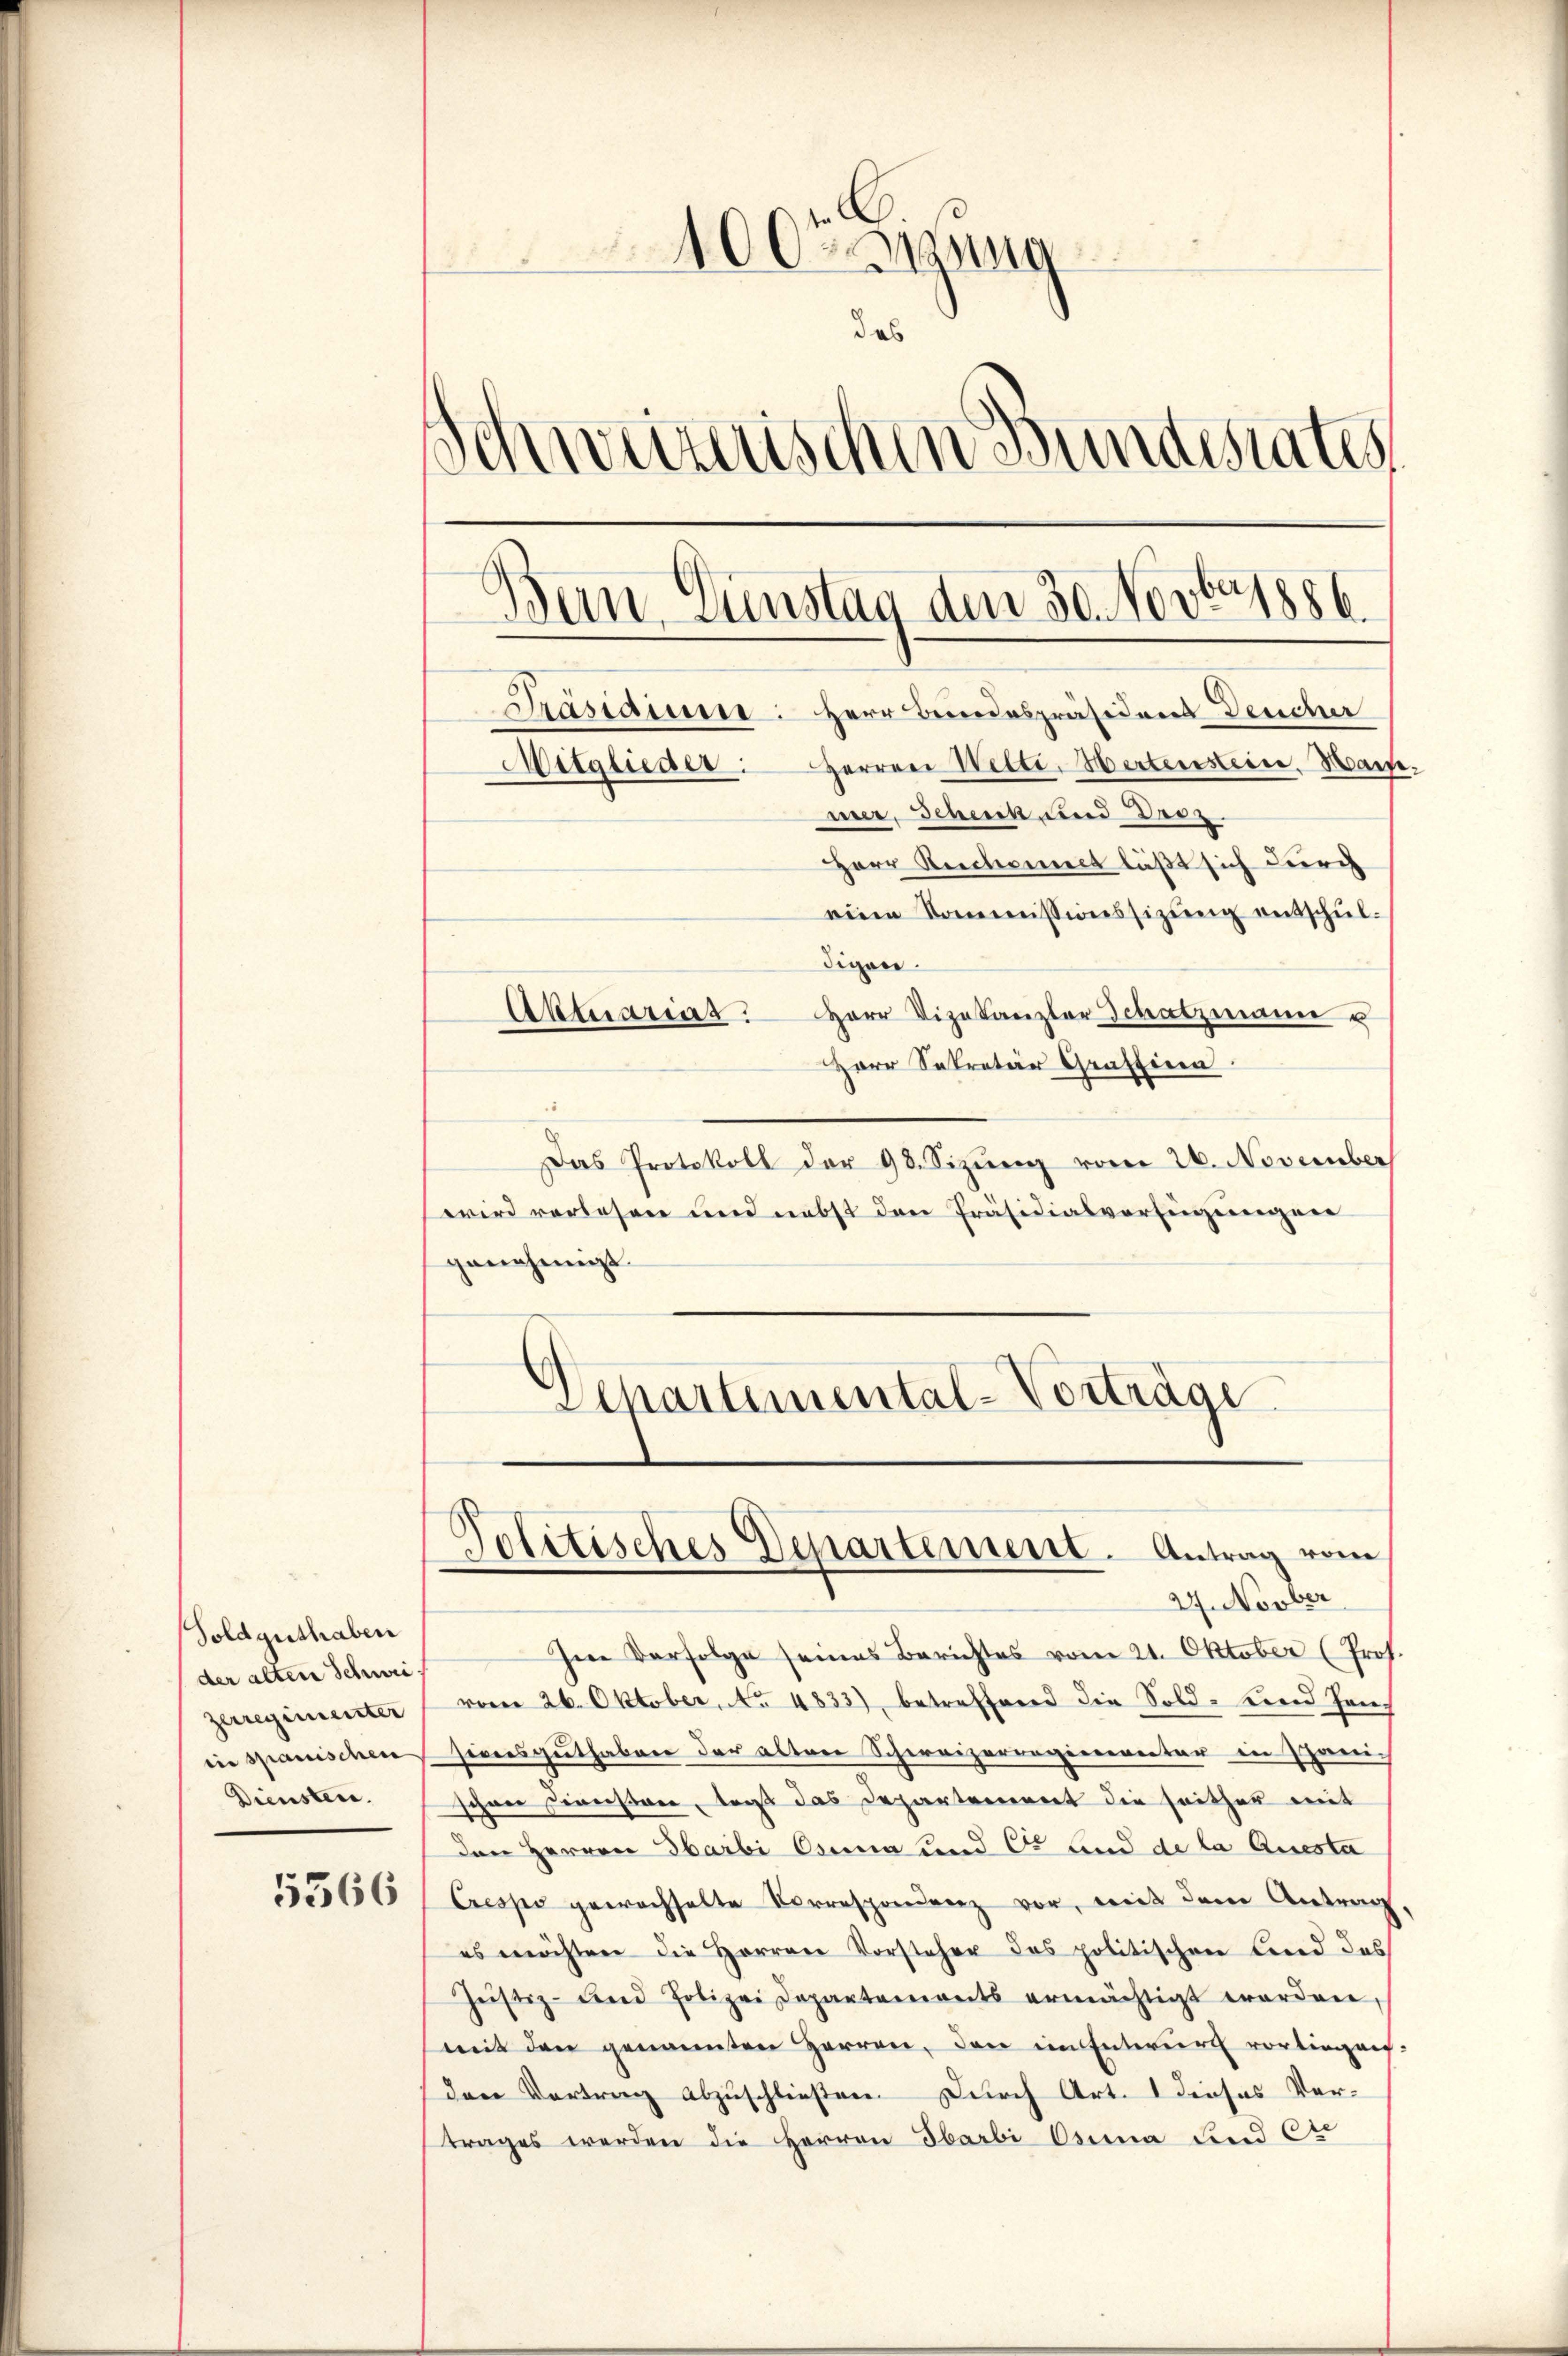
Soldguthaben
der alten Schwei
Zerregimenter
sie spanischen
Diensten.

5366

4000 sizung
das
.
chweizerischen Bundesrates
Bein Dunstag den 30. Novbr. 1886.
Prasiaine: Herr Bundespräsidens Deucher
Mitglieder: Herren Wette. Herterstein. Wasse
meer, Schenk und Droi
Herr Reichnert läßt sich durch
eine Kommissionssizung entschul¬

digen.
Aktuarias Herr Vizekanzler Schatzmann u
Herr Sekretär Graffinen
Das Protokoll der 98. Sizŭng vom 26. November
wird verlesen und nebst den Präsidialverfügungen
genehmigt.
Separtemental-Vorträge

27. Novber
Im Verfolge seines Berichtes vom 21. Oktober (Prof.
vom 26. Oktober, No 4833), betreffend die Sold- und Hansivers guthaben der alten Schweizerregiererentar in Spanischon Director, daß das Departement die seither mit
den Herren Sarbi Anna und C. und de la Questa
Crespo gewachselte Korrespondenz vor, mit dem Antrag,
es möchten die Herren Vorsteher des politischen Bind des
Jŭstiz- und Polizei Departements ermächtigt worden,
mit den genannten Herren, den im Entwurf vorliegen-
dere Vortrag abzuschließen. Durch Art. 1 dieses Vertrages werden die Herren Ibarbi Osina und C

Politisches Departement. Antrag vom